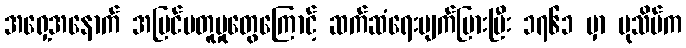
အရှေ့အနောက် အမြင်မတူမှုတွေကြောင့် ဆက်ဆံရေးပျက်ပြားပြီး ၁၇၆၁ မှာ ပုသိမ်က